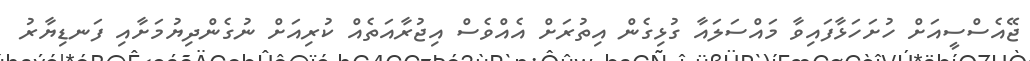
ޖޭއެސްސީއަށް ހުށަހަޅާފައިވާ މައްސަލައާ ގުޅިގެން އިތުރަށް އެއްވެސް އިޖުރާއަތެއް ކުރިއަށް ނުގެންދިޔުމަށާއި ފަނޑިޔާރު